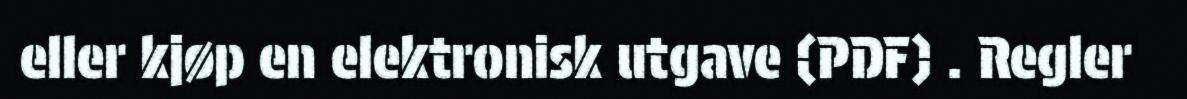
eller kjøp en elektronisk utgave (PDF) . Regler